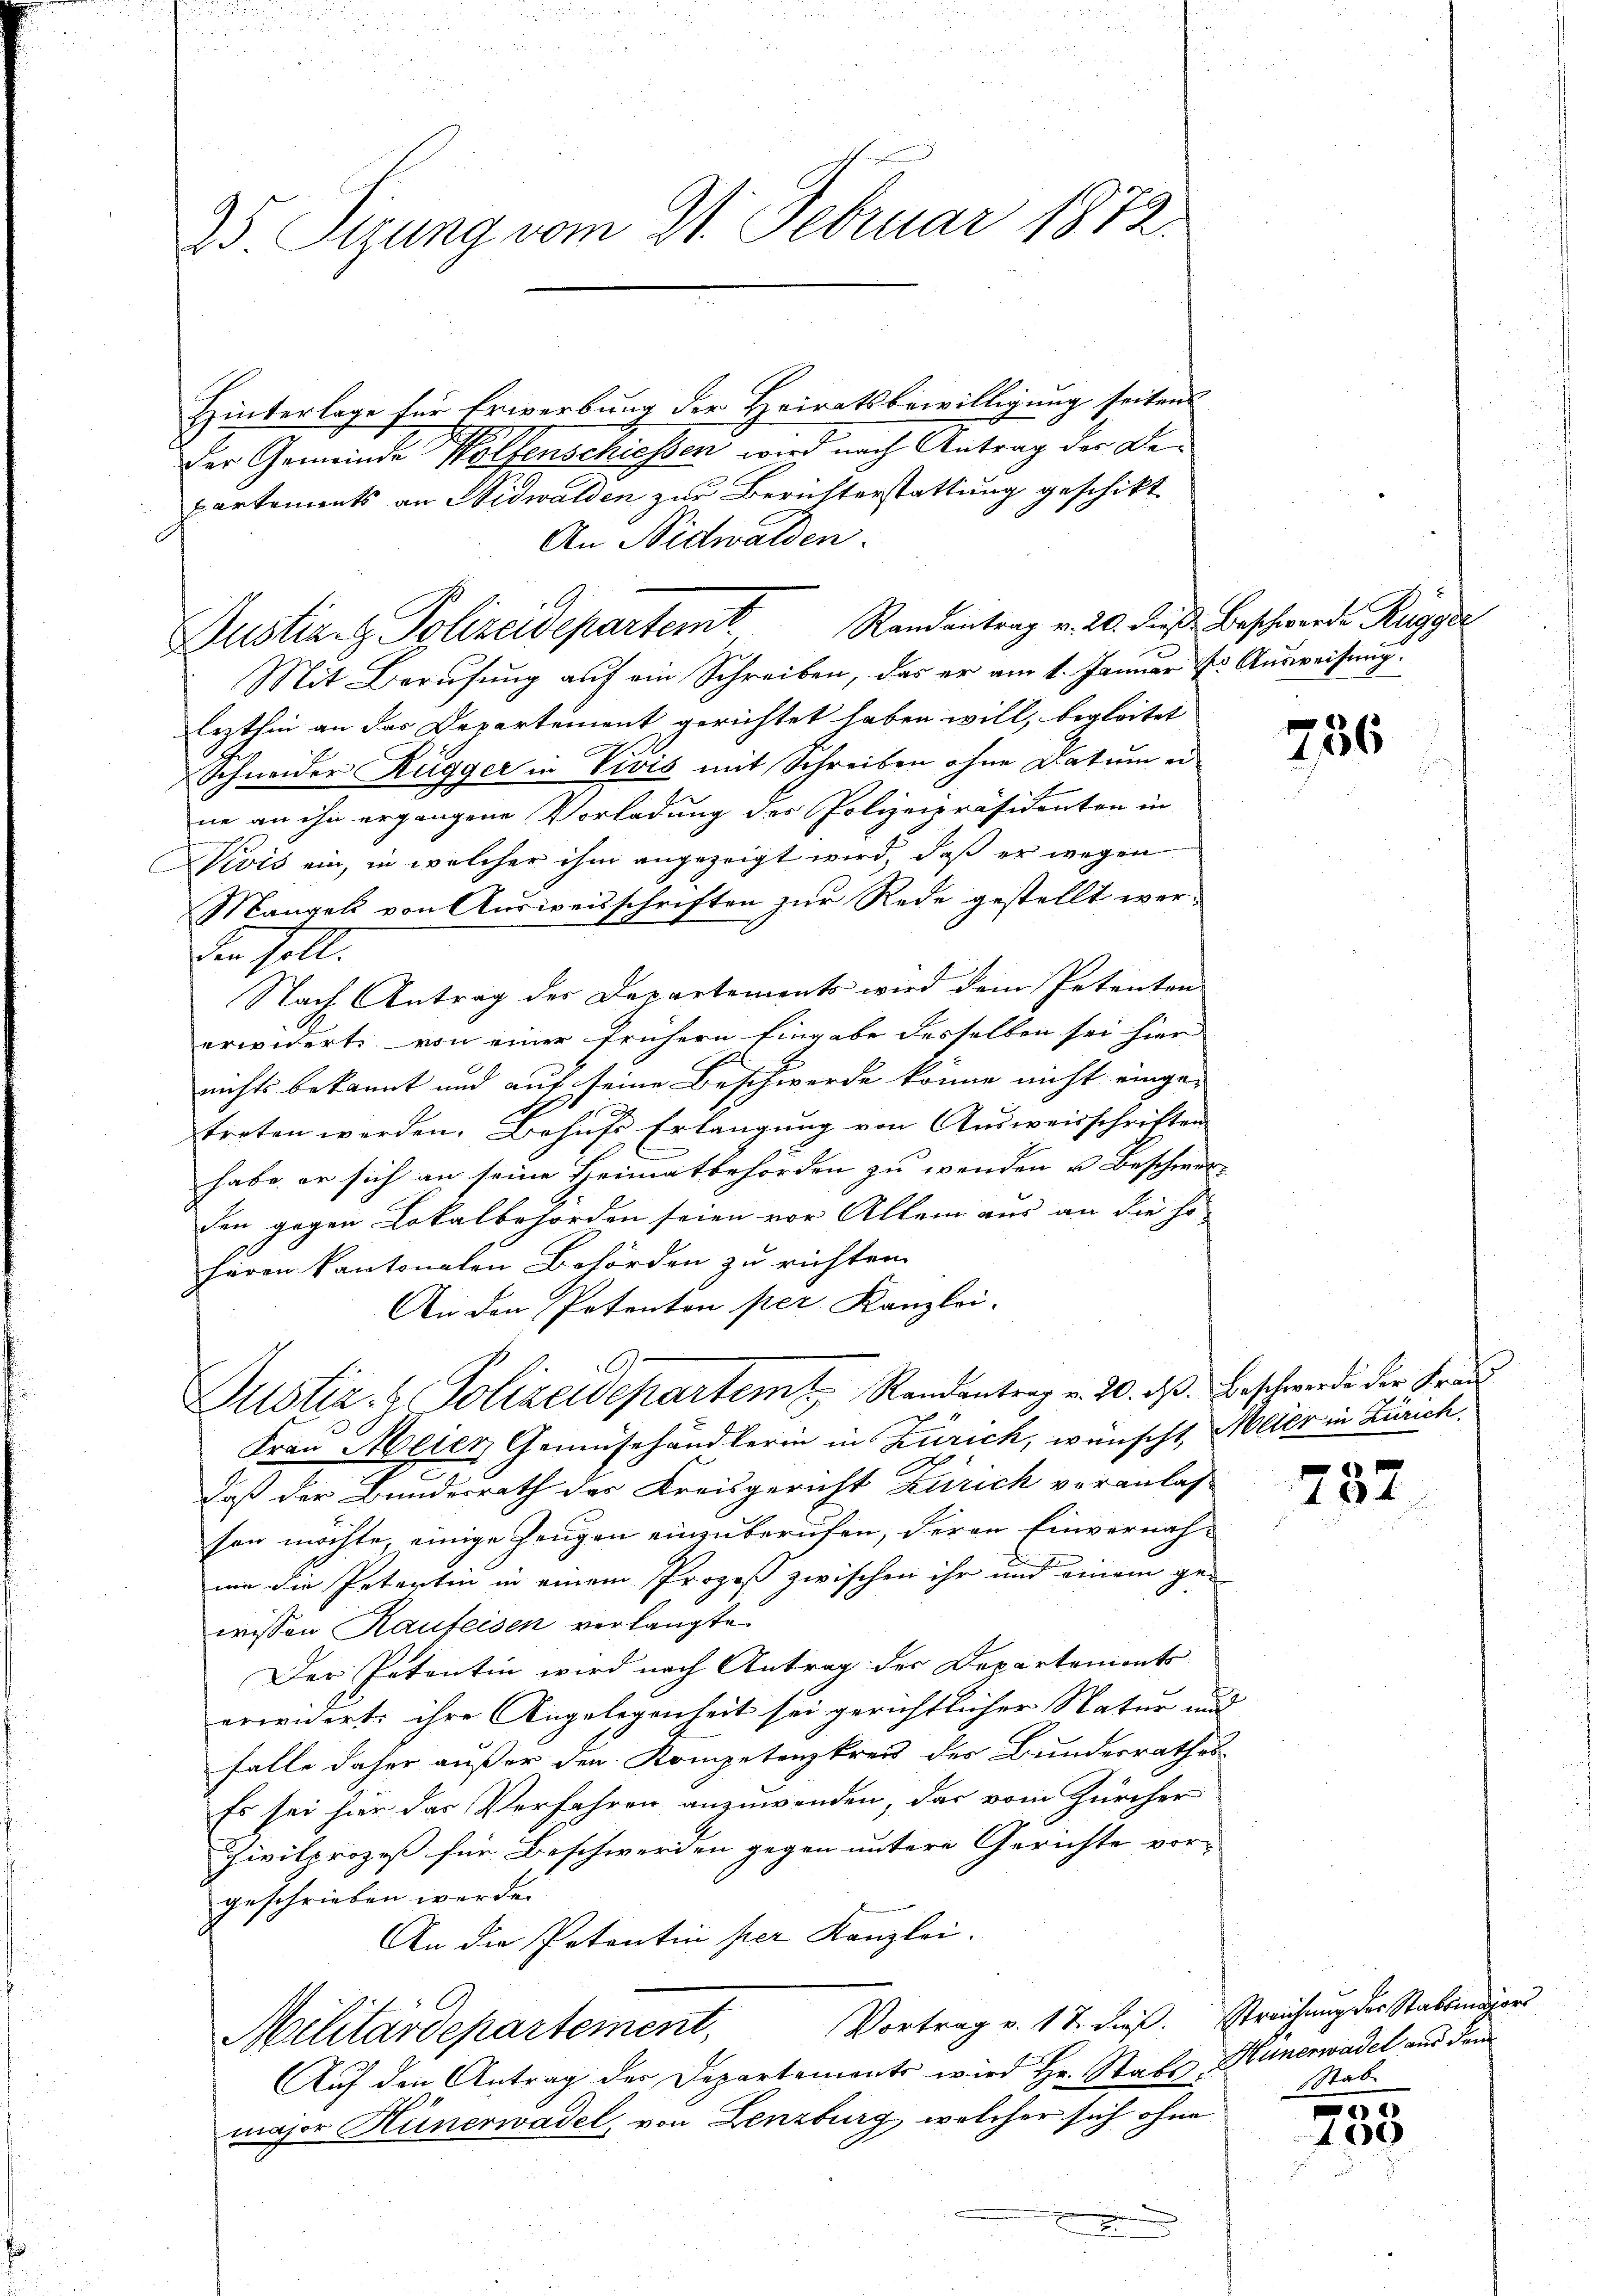
25. Sizung vom 21. Februar 1872.

Hinterlage für Erwerbung der Heiratsbewilligung seitens
Der Gemeinde Wolfenschiessen wird nach Antrag der Bepartements an Nidwalden zur Berichterstattung geschikt
An Nidwalden.
Mit Berufung auf ein Schreiben, das er am 1. Januar & Ausweisung.
lezthin an das Departement gerichtet haben will, begleitet
Schneider Rügger in Vivis mit Schreiben ohne Datum ei
ne an ihn ergangene Vorladung der Polizeipräsidenten in
Divis ein, in welcher ihm angezeigt wird, daß er wegen
Mangels von Ausweisschriften zur Rede gestellt wer¬
Ein soll.
Nach Antrag des Departements wird dem Petenten
erwidert von einer frühern Eingabe desselben sei hier
nichts bekannt und auf seine Beschwerde könne nicht einge-
treten werden. Behufs Erlangung von Ausweisschriften
habe er sich an seine Heimatbehörden zu wenden u. Beschwerden gegen Lokalbehörden seien vor Allem aus an die so
heren kantonalen Behörden zu richten.
An den Petenton per Kanzlei-
Justiz, z. Polizeidepartem Randantrag v. 20. ds. Beschwerde der Frau
Frau Meier Gemüsehändlerin in Zürich, wünscht, Meier in Zürich.
daß der Bundesrath der Kreisgericht Zürich veranlas
sen möchte, einige Zeugen einzuberufen, deren Einvernahme die Petertin in einem Prozeß zwischen ihr und einem ge-
wissen Raufeisen verlangte
Der Patentin wird nach Antrag der Departemonts
erwidert: ihre Angelegenheit sei gerichtlicher Natur und
falle daher außer den Kompetenzkreis des Bundesrathes
Es sei hier das Verfahren anzuwenden, das vom Zürcher
Civilprozeß für Beschwerden gegen untere Gerichte vor-
geschrieben werde.
An die Petentin per Kanzlei.
Vortrag v. 17. dieß. Streichung der Stabsmägers
Militärdepartement,
Auf den Antrag der Departements wird Hr. Stall
major Hünerwadel, von Lenzburg, welcher sich ohne

Justiz- & Polizeidepartem Randantrag v. 20. dieß Beschwerde Rigger

1

756

737

Hünerwadel aus dem
Stab

00
100